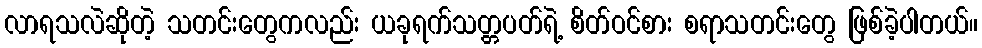
လာရသလဲဆိုတဲ့ သတင်းတွေကလည်း ယခုရက်သတ္တပတ်ရဲ့ စိတ်ဝင်စား စရာသတင်းတွေ ဖြစ်ခဲ့ပါတယ်။